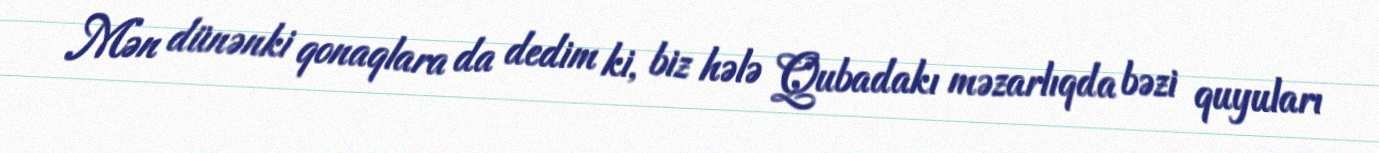
Mən dünənki qonaqlara da dedim ki, biz hələ Qubadakı məzarlıqda bəzi quyuları